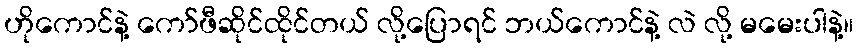
ဟိုကောင်နဲ့ ကော်ဖီဆိုင်ထိုင်တယ် လို့ပြောရင် ဘယ်ကောင်နဲ့ လဲ လို့ မမေးပါနဲ့။